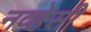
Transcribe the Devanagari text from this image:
नव्हेसी